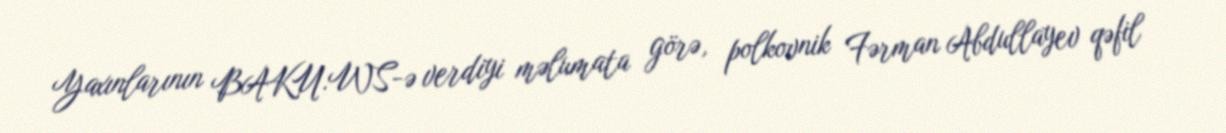
Yaxınlarının BAKU.WS-ə verdiyi məlumata görə, polkovnik Fərman Abdullayev qəfil